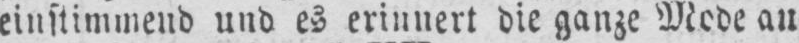
au